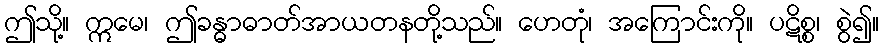
ဤသို့။ ဣမေ၊ ဤခန္ဓာဓာတ်အာယတနတို့သည်။ ဟေတုံ၊ အကြောင်းကို။ ပဋိစ္စ၊ စွဲ၍။